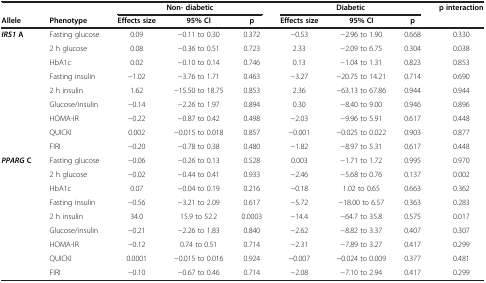
<table><thead><tr><td><b> </b></td><td><b> </b></td><td colspan="3"><b>Non- diabetic</b></td><td colspan="3"><b>Diabetic</b></td><td><b>p interaction</b></td></tr><tr><td><b>Allele</b></td><td><b>Phenotype</b></td><td><b>Effects size</b></td><td><b>95% CI</b></td><td><b>p</b></td><td><b>Effects size</b></td><td><b>95% CI</b></td><td><b>p</b></td><td><b> </b></td></tr></thead><tbody><tr><td><b><i>IRS1 </i></b><b>A</b></td><td>Fasting glucose</td><td>0.09</td><td>−0.11 to 0.30</td><td>0.372</td><td>−0.53</td><td>−2.96 to 1.90</td><td>0.668</td><td>0.330</td></tr><tr><td> </td><td>2 h glucose</td><td>0.08</td><td>−0.36 to 0.51</td><td>0.723</td><td>2.33</td><td>−2.09 to 6.75</td><td>0.304</td><td>0.038</td></tr><tr><td> </td><td>HbA1c</td><td>0.02</td><td>−0.10 to 0.14</td><td>0.746</td><td>0.13</td><td>−1.04 to 1.31</td><td>0.823</td><td>0.853</td></tr><tr><td> </td><td>Fasting insulin</td><td>−1.02</td><td>−3.76 to 1.71</td><td>0.463</td><td>−3.27</td><td>−20.75 to 14.21</td><td>0.714</td><td>0.690</td></tr><tr><td> </td><td>2 h insulin</td><td>1.62</td><td>−15.50 to 18.75</td><td>0.853</td><td>2.36</td><td>−63.13 to 67.86</td><td>0.944</td><td>0.944</td></tr><tr><td> </td><td>Glucose/insulin</td><td>−0.14</td><td>−2.26 to 1.97</td><td>0.894</td><td>0.30</td><td>−8.40 to 9.00</td><td>0.946</td><td>0.896</td></tr><tr><td> </td><td>HOMA-IR</td><td>−0.22</td><td>−0.87 to 0.42</td><td>0.498</td><td>−2.03</td><td>−9.96 to 5.91</td><td>0.617</td><td>0.448</td></tr><tr><td> </td><td>QUICKI</td><td>0.002</td><td>−0.015 to 0.018</td><td>0.857</td><td>−0.001</td><td>−0.025 to 0.022</td><td>0.903</td><td>0.877</td></tr><tr><td> </td><td>FIRI</td><td>−0.20</td><td>−0.78 to 0.38</td><td>0.480</td><td>−1.82</td><td>−8.97 to 5.31</td><td>0.617</td><td>0.448</td></tr><tr><td><b><i>PPARG </i></b><b>C</b></td><td>Fasting glucose</td><td>−0.06</td><td>−0.26 to 0.13</td><td>0.528</td><td>0.003</td><td>−1.71 to 1.72</td><td>0.995</td><td>0.970</td></tr><tr><td> </td><td>2 h glucose</td><td>−0.02</td><td>−0.44 to 0.41</td><td>0.933</td><td>−2.46</td><td>−5.68 to 0.76</td><td>0.137</td><td>0.002</td></tr><tr><td> </td><td>HbA1c</td><td>0.07</td><td>−0.04 to 0.19</td><td>0.216</td><td>−0.18</td><td>1.02 to 0.65</td><td>0.663</td><td>0.362</td></tr><tr><td> </td><td>Fasting insulin</td><td>−0.56</td><td>−3.21 to 2.09</td><td>0.617</td><td>−5.72</td><td>−18.00 to 6.57</td><td>0.363</td><td>0.283</td></tr><tr><td> </td><td>2 h insulin</td><td>34.0</td><td>15.9 to 52.2</td><td>0.0003</td><td>−14.4</td><td>−64.7 to 35.8</td><td>0.575</td><td>0.017</td></tr><tr><td> </td><td>Glucose/insulin</td><td>−0.21</td><td>−2.26 to 1.83</td><td>0.840</td><td>−2.62</td><td>−8.82 to 3.37</td><td>0.407</td><td>0.307</td></tr><tr><td> </td><td>HOMA-IR</td><td>−0.12</td><td>0.74 to 0.51</td><td>0.714</td><td>−2.31</td><td>−7.89 to 3.27</td><td>0.417</td><td>0.299</td></tr><tr><td> </td><td>QUICKI</td><td>0.0001</td><td>−0.015 to 0.016</td><td>0.924</td><td>−0.007</td><td>−0.024 to 0.009</td><td>0.377</td><td>0.481</td></tr><tr><td> </td><td>FIRI</td><td>−0.10</td><td>−0.67 to 0.46</td><td>0.714</td><td>−2.08</td><td>−7.10 to 2.94</td><td>0.417</td><td>0.299</td></tr></tbody></table>